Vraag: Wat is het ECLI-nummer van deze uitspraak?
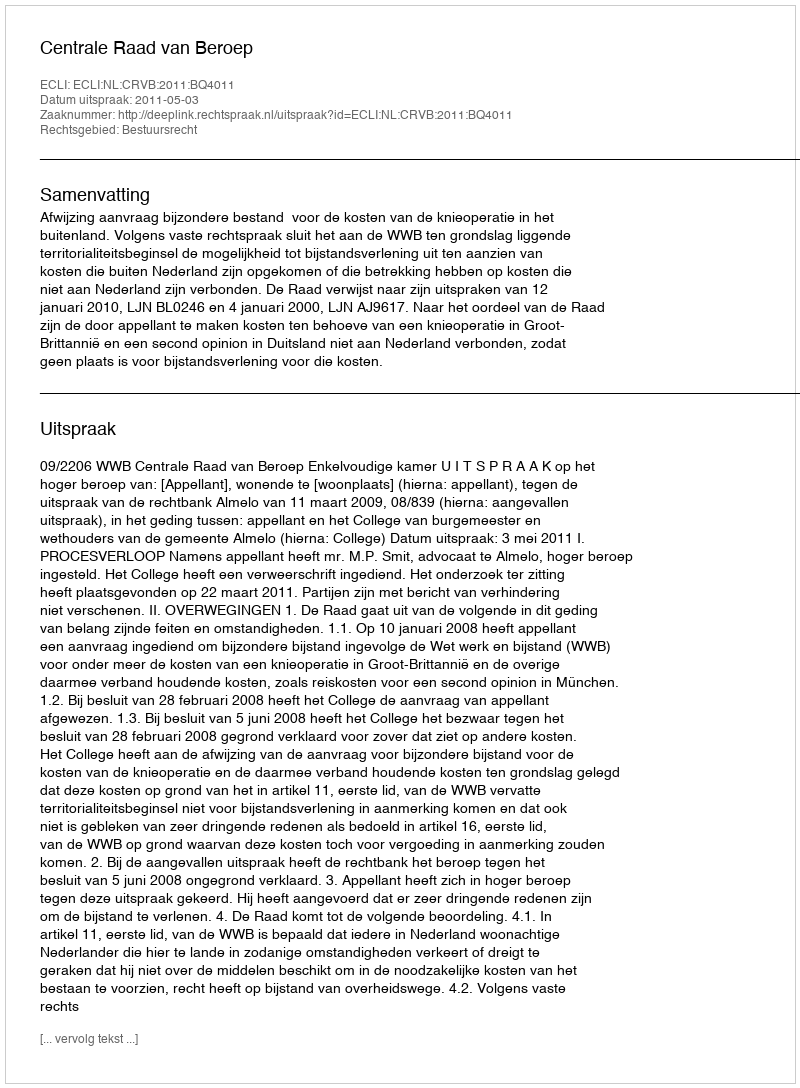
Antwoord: ECLI:NL:CRVB:2011:BQ4011